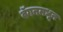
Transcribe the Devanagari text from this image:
वॅगनमधून